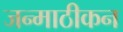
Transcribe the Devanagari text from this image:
जन्माठीकन